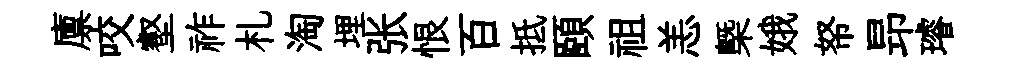
廪咬壑祚札淘埋张恨百抵頤祖恙槩娥帑昻璿